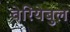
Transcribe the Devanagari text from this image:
वेरियेबुल